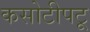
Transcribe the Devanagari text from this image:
कसोटीपटू